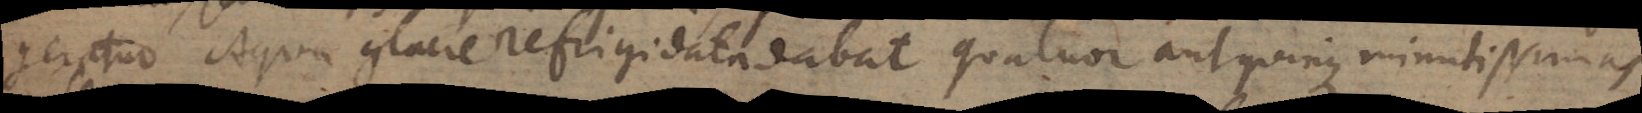
geratur. Aqua glacie refrigidata dabat quatuor aut quinque minutissimas